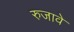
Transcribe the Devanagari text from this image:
रुजावे